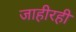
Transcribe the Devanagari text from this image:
जाहीरही